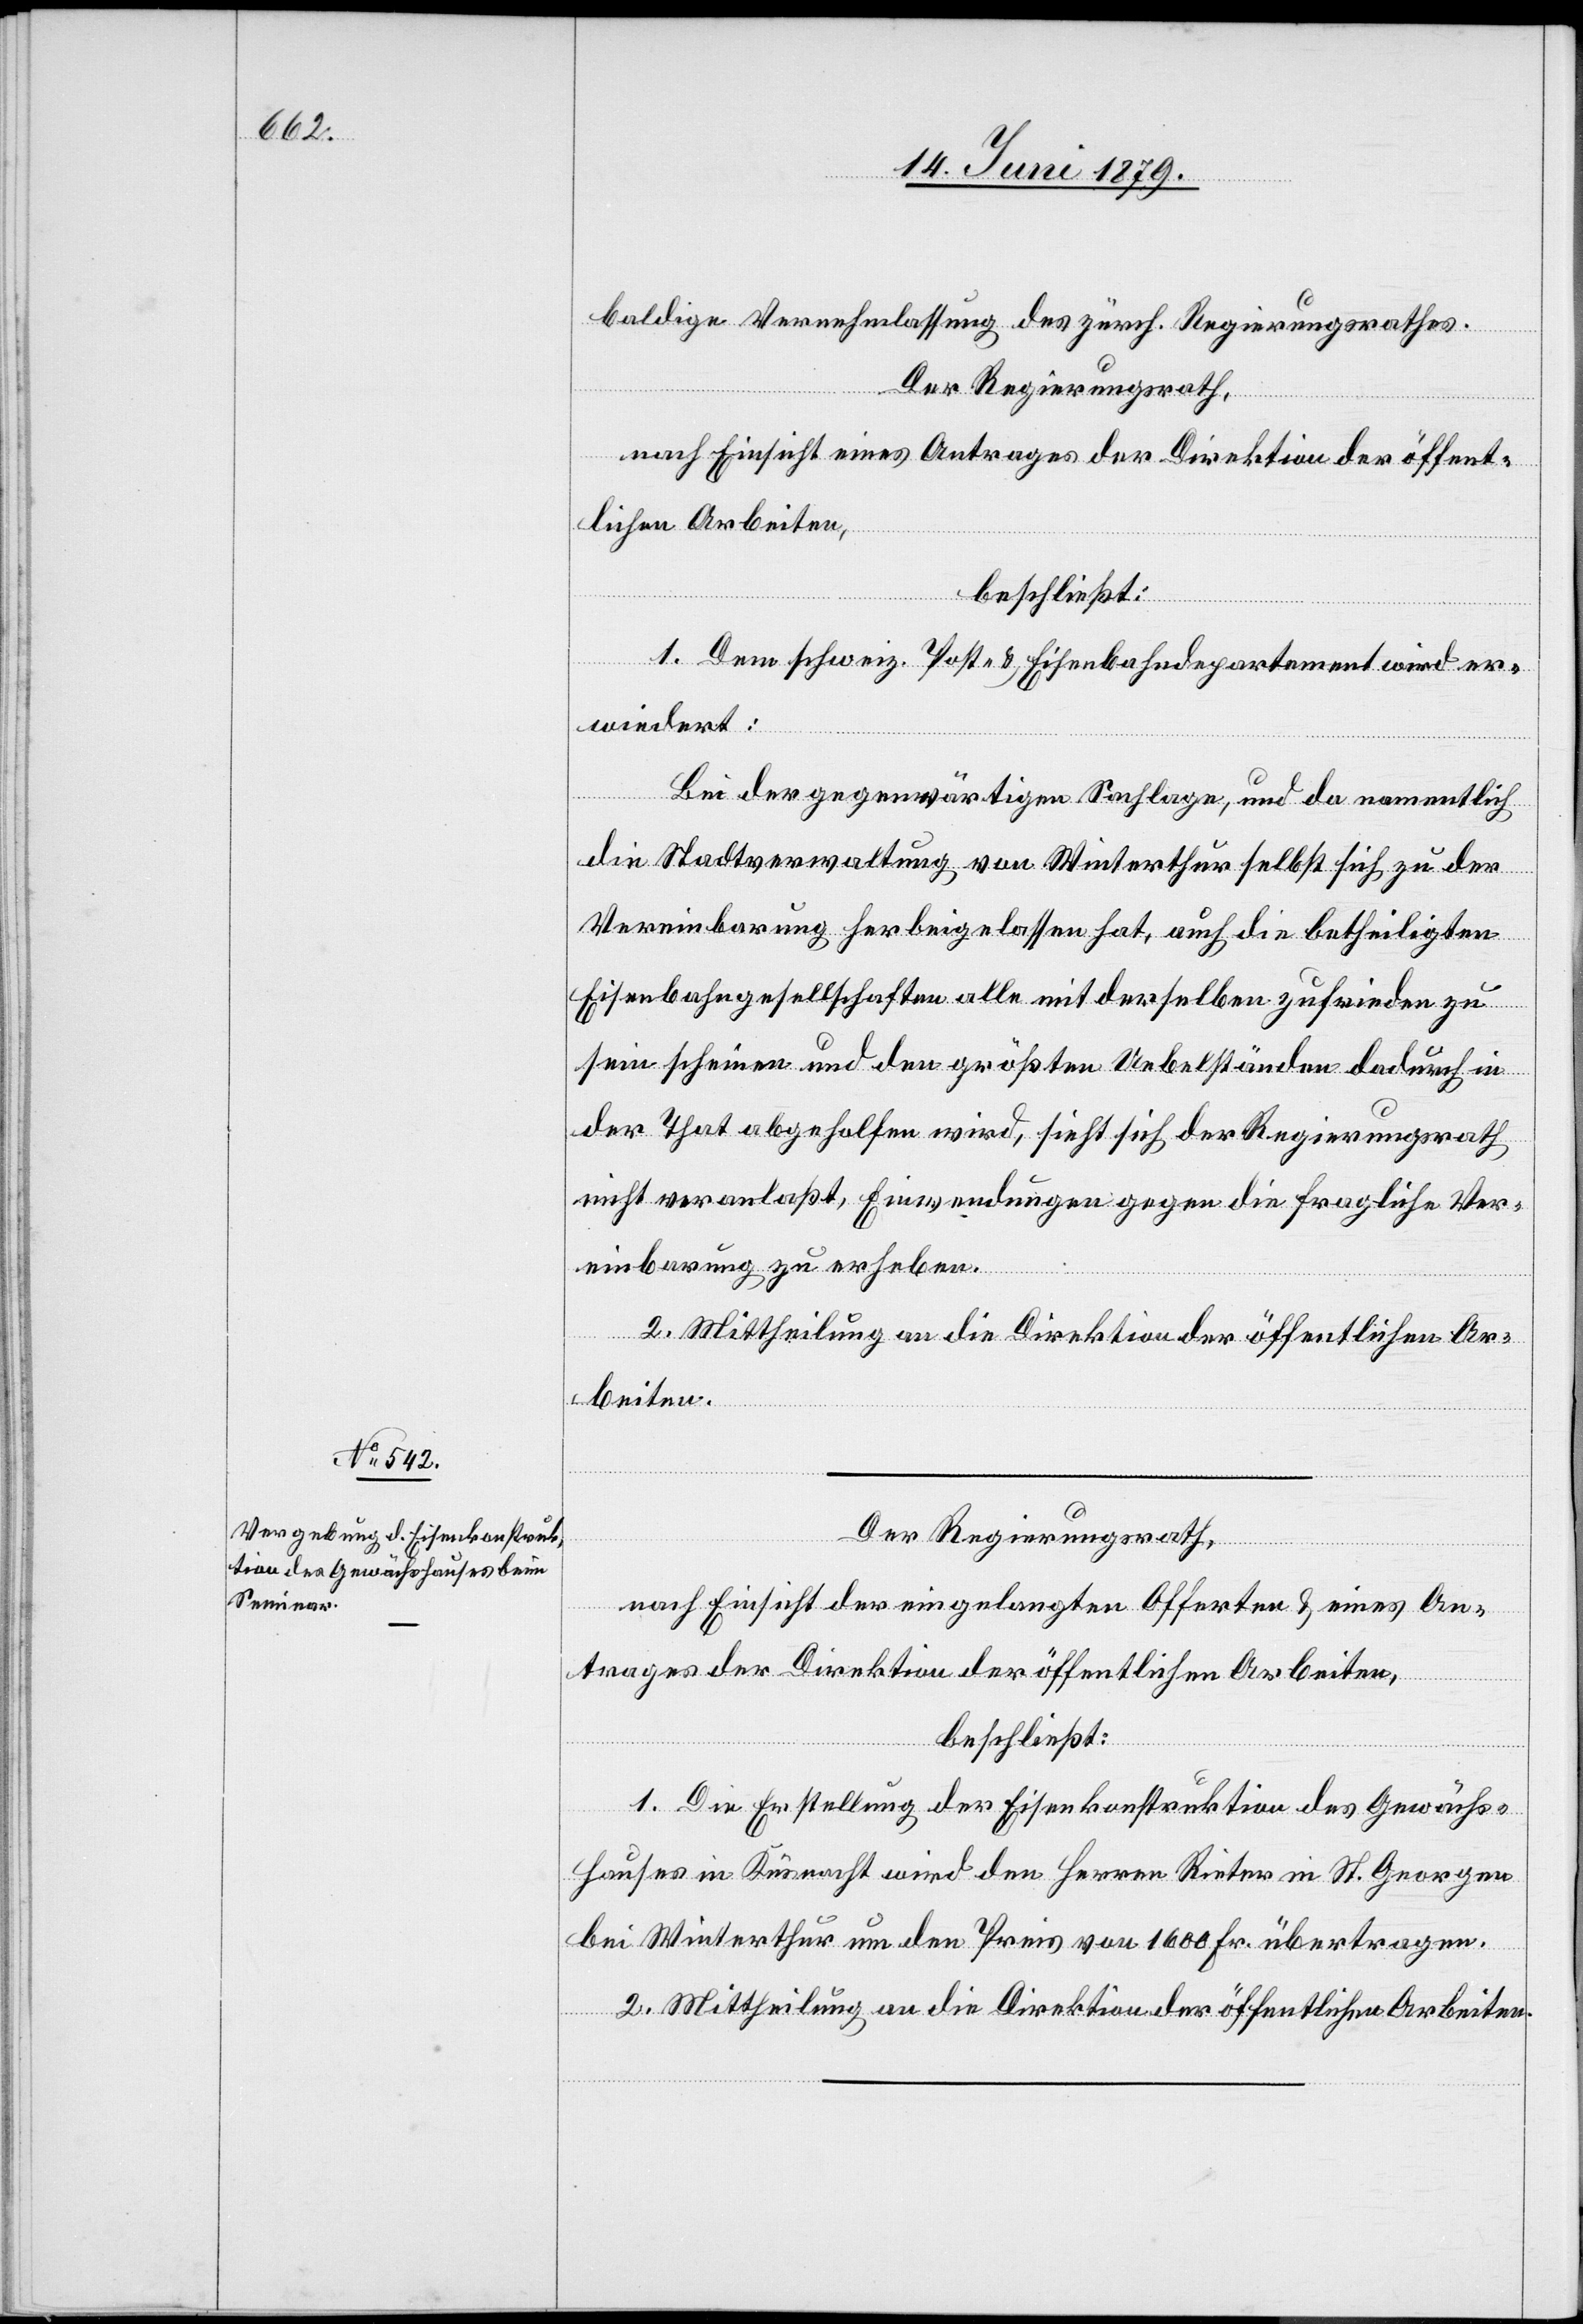
baldige Vernehmlassung des zürch. Regierungsrathes.
Der Regierungsrath,
nach Einsicht eines Antrages der Direktion der öffent¬
lichen Arbeiten,
beschließt:
1. Dem schweiz. Post- & Eisenbahndepartement wird er¬
wiedert:
Bei der gegenwärtigen Sachlage, und da namentlich
die Stadtverwaltung von Winterthur selbst sich zu der
Vereinbarung herbeigelassen hat, auch die betheiligten
Eisenbahngesellschaften alle mit derselben zufrieden zu
sein scheinen und den größten Uebelständen dadurch in
der That abgeholfen wird, sieht sich der Regierungsrath
nicht veranlaßt, Einwendungen gegen die fragliche Ver¬
einbarung zu erheben.
2. Mittheilung an die Direktion der öffentlichen Ar¬
beiten.
Der Regierungsrath,
nach Einsicht der eingelangten Offerten & eines An¬
trages der Direktion der öffentlichen Arbeiten,
beschließt:
1. Die Erstellung der Eisenkonstruktion des Gewächs¬
hauses in Küsnacht wird den Herren Rieter in St. Georgen
bei Winterthur um den Preis von 1600 Fr. übertragen.
2. Mittheilung an die Direktion der öffentlichen Arbeiten.